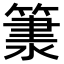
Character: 𥱂